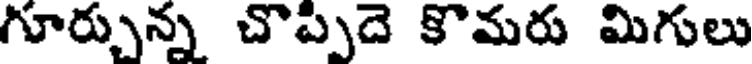
గూర్చున్న చొప్పుదె కొమరు మిగులు